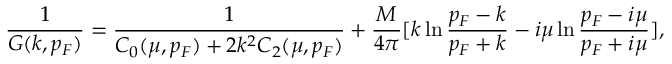
\frac { 1 } { G ( k , p _ { F } ) } = \frac { 1 } { C _ { 0 } ( \mu , p _ { F } ) + 2 { k ^ { 2 } } C _ { 2 } ( \mu , p _ { F } ) } + \frac { M } { 4 \pi } [ k \ln \frac { p _ { F } - k } { p _ { F } + k } - i \mu \ln \frac { p _ { F } - i \mu } { p _ { F } + i \mu } ] ,